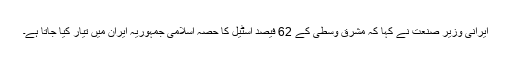
ایرانی وزیر صنعت نے کہا کہ مشرق وسطی کے 62 فیصد اسٹیل کا حصہ اسلامی جمہوریہ ایران میں تیار کیا جاتا ہے۔